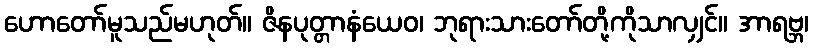
ဟောတော်မူသည်မဟုတ်။ ဇိနပုတ္တာနံယေဝ၊ ဘုရားသားတော်တို့ကိုသာလျှင်။ အာရဗ္ဘ၊